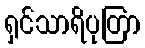
ရှင်သာရိပုတြာ